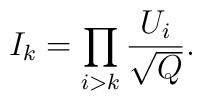
I_k = \prod_{i > k} \frac{U_i}{\sqrt{Q}}{}.